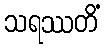
သရဿတိံ